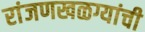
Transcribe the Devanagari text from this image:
रांजणखळग्यांची